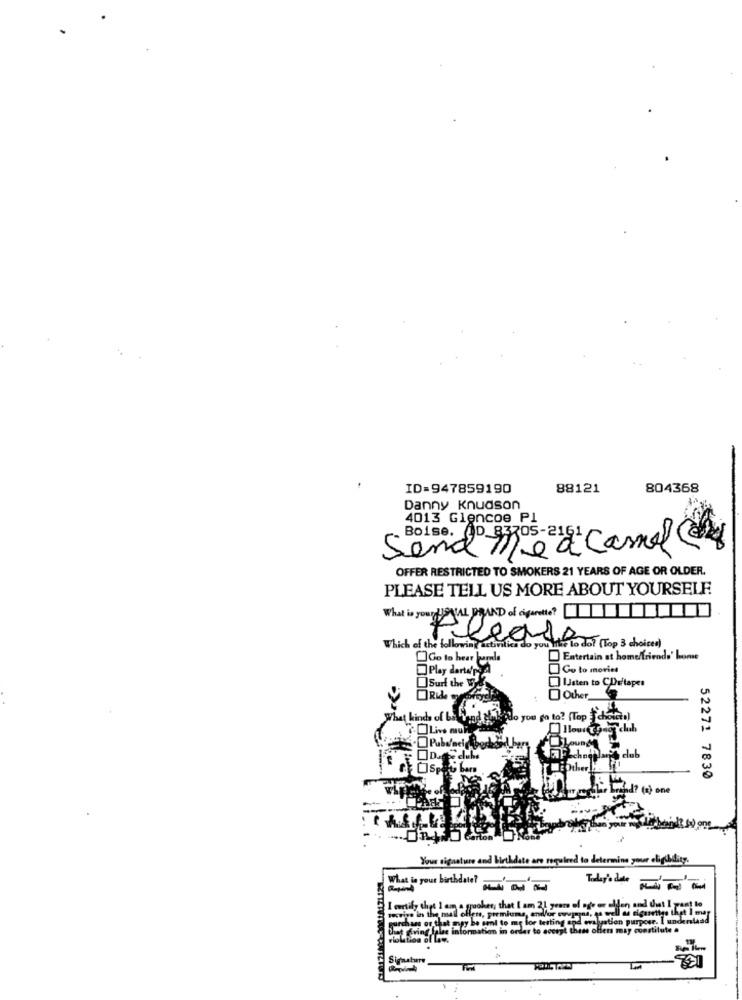
ID=947859190
88121
804368
Danny Knudson
4013 Glencoe Pl
OD 83705-215
Send me a Camel
OFFER RESTRICTED TO SMOKERS 21 YEARS OF AGE OR OLDER.
PLEASE TELL US MORE ABOUT YOURSELF
What is your HOVAL BRAND of cigarette?
Which of the following activities do you like to do? (Top 3 choices)
clears
Go to hear barade
Entertain at home/friends' home
Play dartersA
Go to movies
Surf the
Isten to CDetapes
Other_
What kinds of LE
ag Gakado you go to? fTop
GOLive mul
Pubdeci Good
52271 7830
w rych Lrend? (x) one
Your signature and birthdate are required to determine your eligibility.
What is your birthdate?
Tady's das
that I am a graoker, that I am 21 years of age en elden and dut I
all as cigarettes the
in the mall oflens, premiums, and/or vyp ?as, te
tor that may be sent to me for testing and evaluation purpose. I unders
ing false information in order to accept these offers may constitute .
ol Lay.
Signature
TH